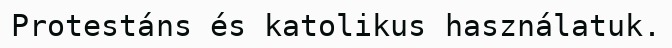
Protestáns és katolikus használatuk.